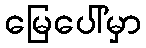
မြေပေါ်မှာ